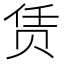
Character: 赁